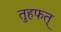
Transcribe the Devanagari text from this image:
तुहफत्